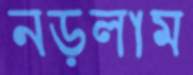
নড়লাম